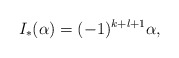
\begin{align*}I_*(\alpha) = (-1)^{k+l+1}\alpha,\end{align*}